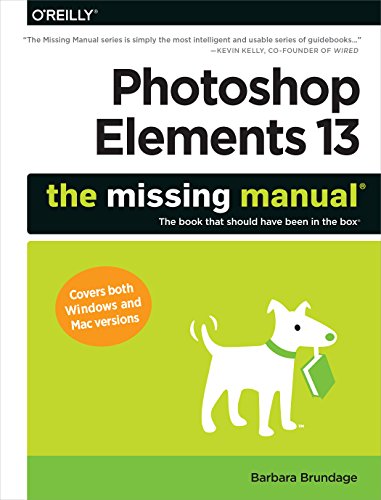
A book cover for Photoshop Elements 13: The Missing Manual; Barbara Brundage; Arts & Photography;